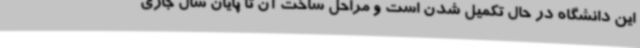
این دانشگاه در حال تکمیل شدن است و مراحل ساخت آن تا پایان سال جاری